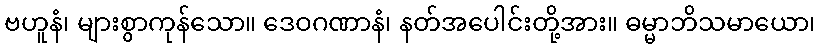
ဗဟူနံ၊ များစွာကုန်သော။ ဒေဝဂဏာနံ၊ နတ်အပေါင်းတို့အား။ ဓမ္မာဘိသမာယော၊